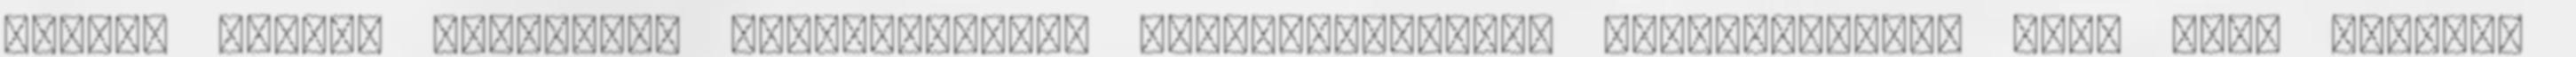
társak iránti szexuális érdeklődésről szocioszexuális orientációról lesz szó. További